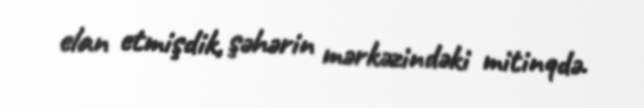
elan etmişdik, şəhərin mərkəzindəki mitinqdə.